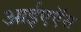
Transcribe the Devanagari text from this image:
आईएऍस